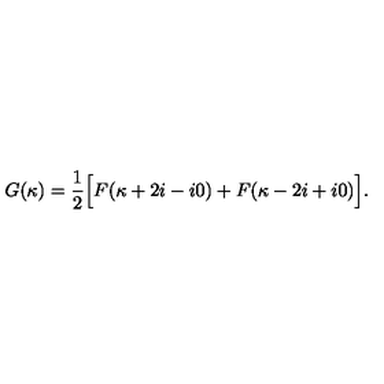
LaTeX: G ( \kappa ) = \frac { 1 } { 2 } \Bigl [ F ( \kappa + 2 i - i 0 ) + F ( \kappa - 2 i + i 0 ) \Bigr ] .